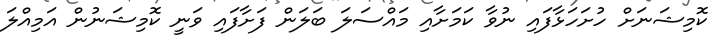
ކޮމިޝަނަށް ހުށަހަޅާފައި ނުވާ ކަމަށާއި މައްސަލަ ބަލަން ފަށާފައި ވަނީ ކޮމިޝަނުން އަމިއްލަ